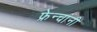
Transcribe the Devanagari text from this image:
फ्रेन्चांनी